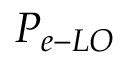
P _ { e - L O }